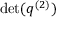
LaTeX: \operatorname* { d e t } ( q ^ { ( 2 ) } )